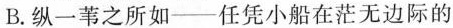
B. 纵一苇之所如——任凭小船在茫无边际的